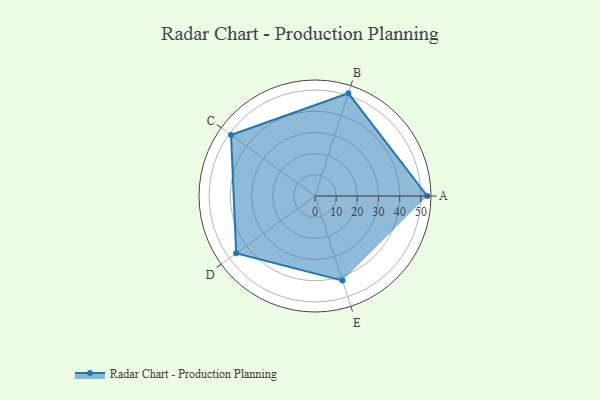
{"axis": {"x": "Skill", "y": "Score"}, "legend": ["Profile"], "data": [{"x": "A", "y": 53.0, "type": "Profile"}, {"x": "B", "y": 51.0, "type": "Profile"}, {"x": "C", "y": 49.0, "type": "Profile"}, {"x": "D", "y": 46.0, "type": "Profile"}, {"x": "E", "y": 42.0, "type": "Profile"}]}